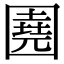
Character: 𡈦